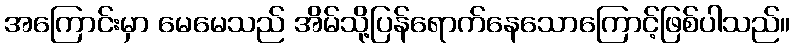
အကြောင်းမှာ မေမေသည် အိမ်သို့ပြန်ရောက်နေသောကြောင့်ဖြစ်ပါသည်။